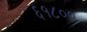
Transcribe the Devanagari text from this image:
६१८००